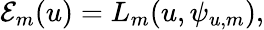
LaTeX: \mathcal{E}_{m}(u)=L_{m}(u,\psi_{u,m}),